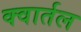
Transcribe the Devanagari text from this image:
क्वार्तल